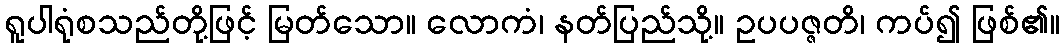
ရူပါရုံစသည်တို့ဖြင့် မြတ်သော။ လောကံ၊ နတ်ပြည်သို့။ ဥပပဇ္ဇတိ၊ ကပ်၍ ဖြစ်၏။